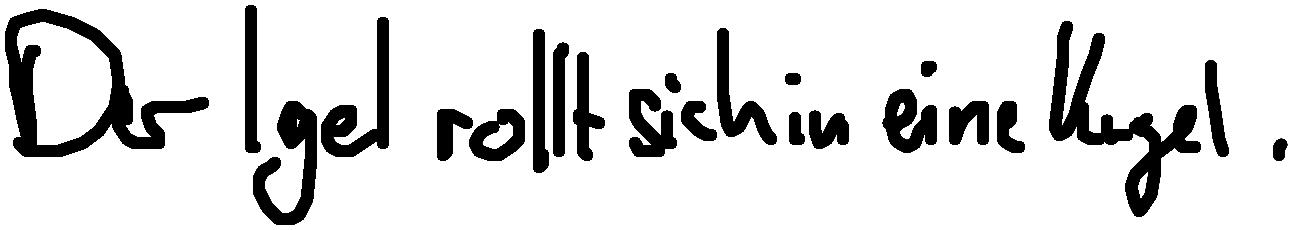
Der Igel rollt sich in eine Kugel.